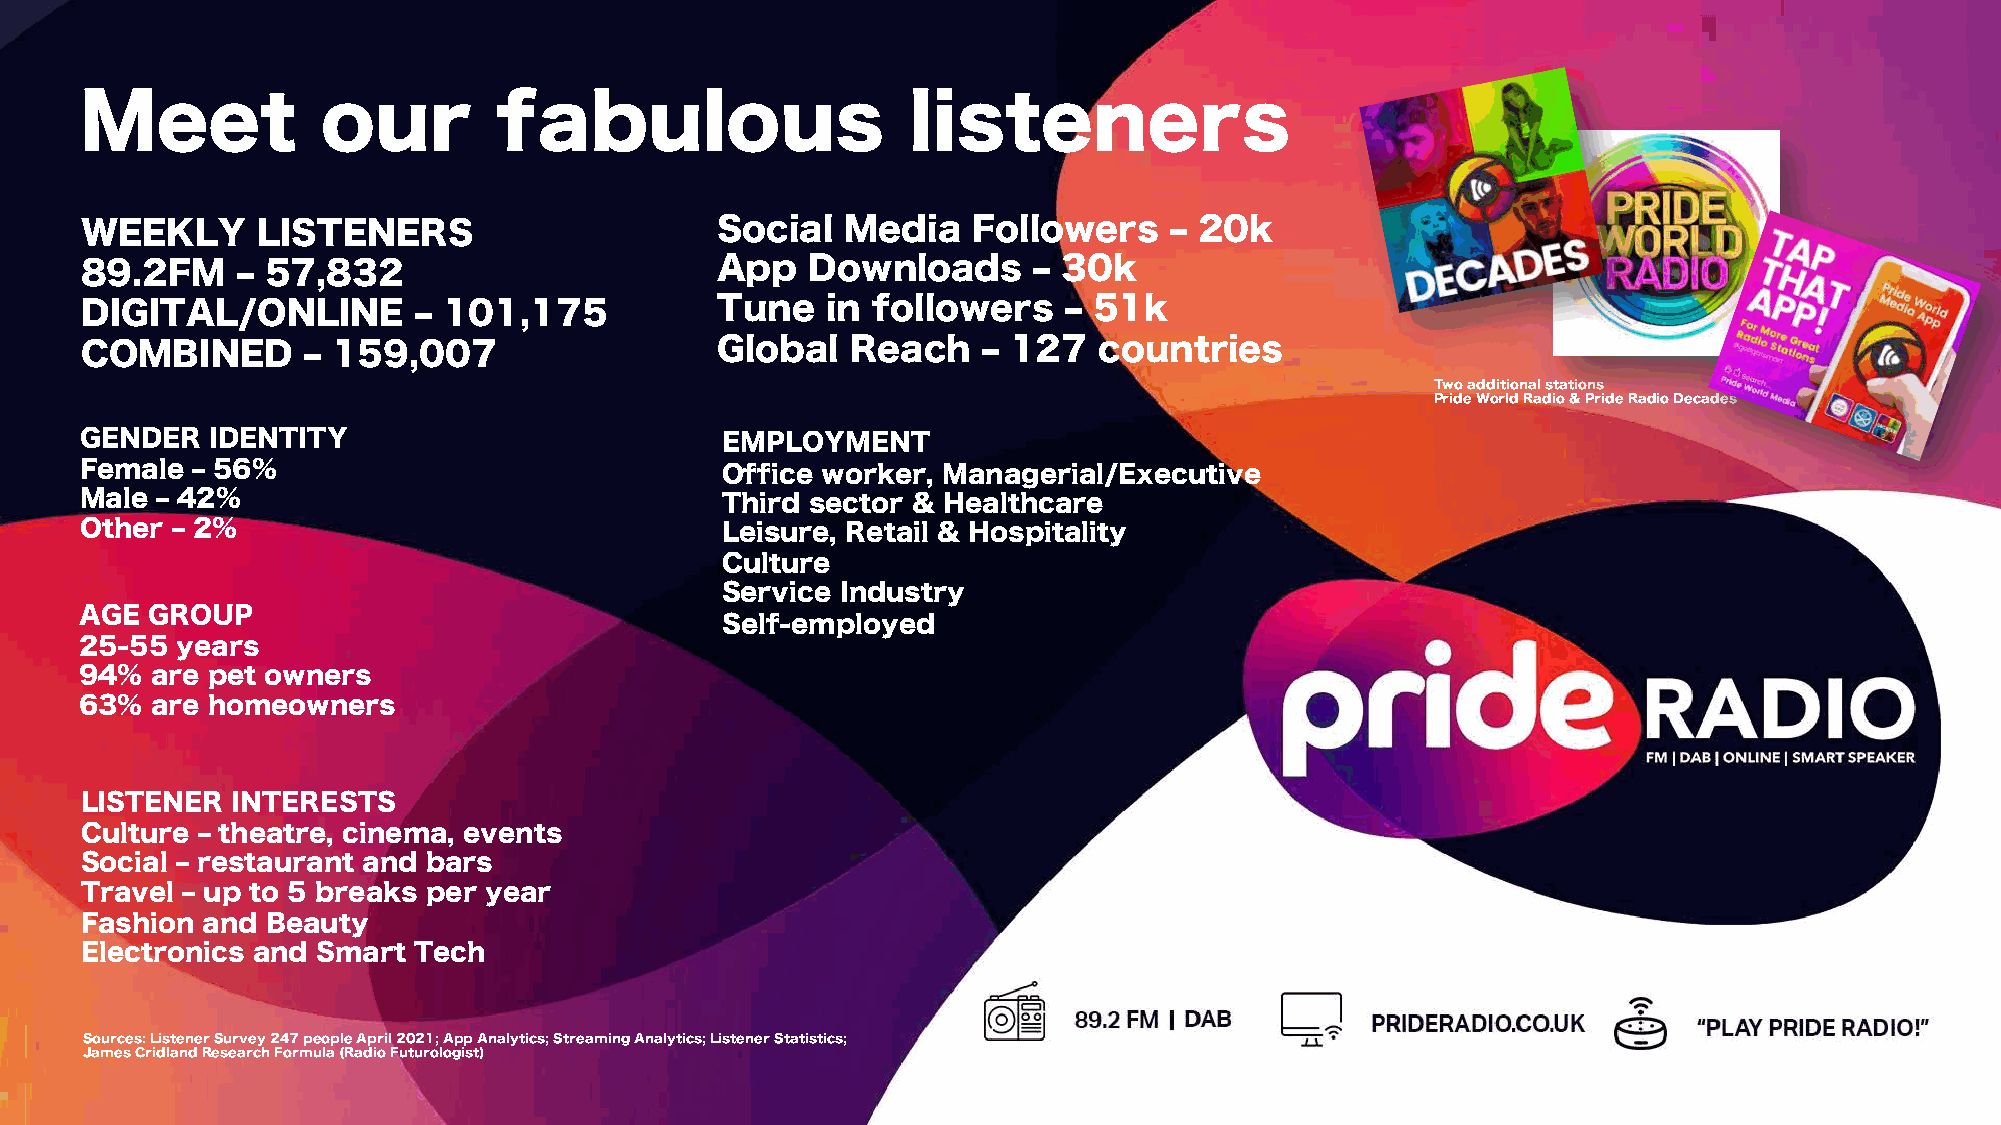
Meet            our         fabulous                   listeners
 WEEKLY      LISTENERS                     Social   Media   Followers    ‒ 20k
 89.2FM     ‒ 57,832                       App    Downloads     ‒ 30k
 DIGITAL/ONLINE        ‒ 101,175           Tune    in followers   ‒ 51k
 COMBINED       ‒ 159,007                  Global   Reach    ‒ 127   countries
 Two additional stations
 Pride World Radio & Pride Radio Decades
 GENDER   IDENTITY                          EMPLOYMENT
 Female  ‒ 56%                              Office worker, Managerial/Executive
 Male ‒ 42%                                 Third sector & Healthcare
 Other ‒ 2%                                 Leisure, Retail & Hospitality
 Culture
 Service Industry
 AGE  GROUP
 Self-employed
 25S-5u5p ypeaorsrting your local  community
 94%  are pet owners
 63w%i tahre phormideeowners
 LISTENER  INTERESTS
 Culture ‒ theatre, cinema, events
 Social ‒ restaurant and bars
 Travel ‒ up to 5 breaks per year
 Fashion and  Beauty
 Electronics and Smart Tech
 Sources: Listener Survey 247 people April 2021; App Analytics; Streaming Analytics; Listener Statistics;
 James CridlandResearch Formula (Radio Futurologist)